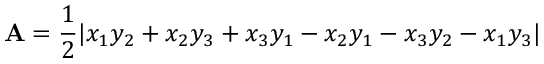
\mathbf { A } = { \frac { 1 } { 2 } } | x _ { 1 } y _ { 2 } + x _ { 2 } y _ { 3 } + x _ { 3 } y _ { 1 } - x _ { 2 } y _ { 1 } - x _ { 3 } y _ { 2 } - x _ { 1 } y _ { 3 } |